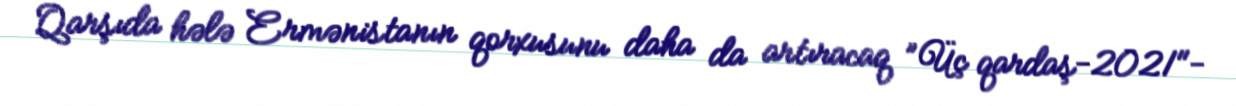
Qarşıda hələ Ermənistanın qorxusunu daha da artıracaq ”Üç qardaş-2021"-